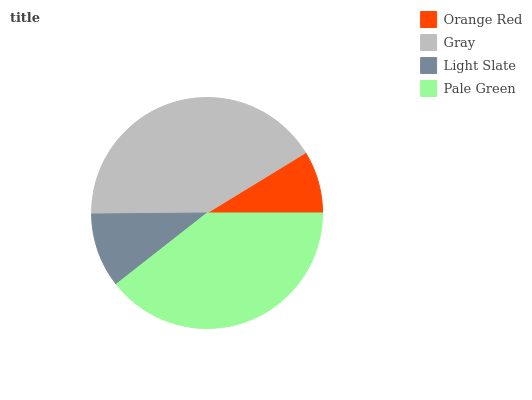
| Orange Red | Gray | Light Slate | Pale Green |
 | --- | --- | --- | --- |
 | 8.72% | 41.4% | 10.4% | 39.5% |